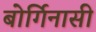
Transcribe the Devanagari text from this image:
बोर्गिनासी